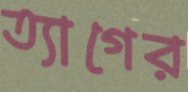
ত্যাগের